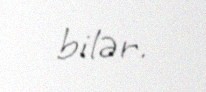
bilər.